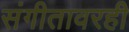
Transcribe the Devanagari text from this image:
संगीतावरही